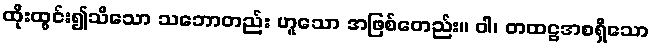
ထိုးထွင်း၍သိသော သဘောတည်း ဟူသော အဖြစ်တေည်း။ ဝါ၊ တထဋ္ဌအစရှိသော